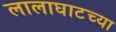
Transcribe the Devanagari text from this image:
लालाघाटच्या